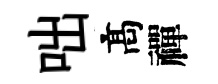
咄髙禪